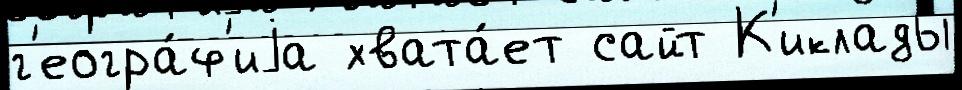
г'еогра́ф'иjа хвата́ет сайт К'иклады